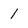
Character: 1